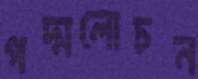
পদ্মলোচন